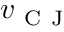
v _ { \mathrm { ~ C ~ J ~ } }